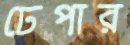
ঢেপার